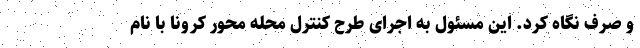
و صرف نگاه کرد. این مسئول به اجرای طرح کنترل محله محور کرونا با نام